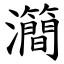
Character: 㶕